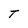
Character: T